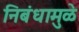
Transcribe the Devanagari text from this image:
निबंधामुळे